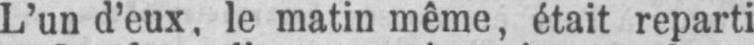
L’un d’eux, le matin même, était reparti